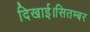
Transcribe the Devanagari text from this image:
दिखाई।सितम्बर